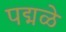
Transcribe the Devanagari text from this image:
पद्मळे